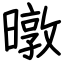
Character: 暾